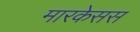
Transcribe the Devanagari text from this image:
मारकेसस